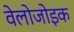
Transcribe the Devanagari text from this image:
वेलोजोइक